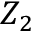
Z _ { 2 }